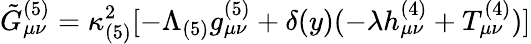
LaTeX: \tilde{G}_{\mu\nu}^{(5)}=\kappa_{(5)}^{2}[-\Lambda_{(5)}g_{\mu\nu}^{(5)}+\delta(y)(-\lambda h_{\mu\nu}^{(4)}+T_{\mu\nu}^{(4)})]